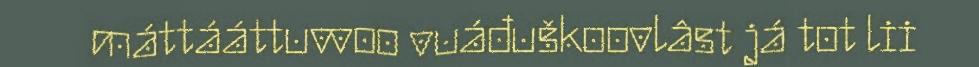
máttááttuvvoo vuáđuškoovlâst já tot lii